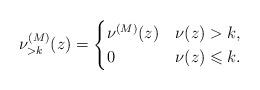
LaTeX: \begin{align*}\nu_{>k}^{(M)}(z) =\begin{cases}\nu^{(M)}(z)& \nu(z)> k,\\0 & \nu(z)\leqslant k.\end{cases}\end{align*}